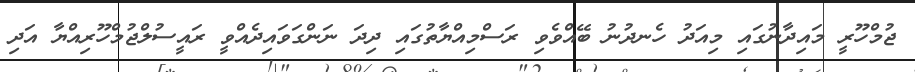
ޖުމްހޫރީ މައިދާނުގައި މިއަދު ހެނދުނު ބޭއްވެވި ރަސްމިއްޔާތުގައި ދިދަ ނަންގަވައިދެއްވީ ރައީސުލްޖުމްހޫރިއްޔާ އަދި